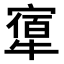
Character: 𤛝